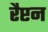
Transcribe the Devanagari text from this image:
रैप्टन